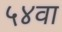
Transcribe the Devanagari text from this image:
५४वा